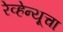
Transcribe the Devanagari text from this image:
रेव्हेन्यूचा